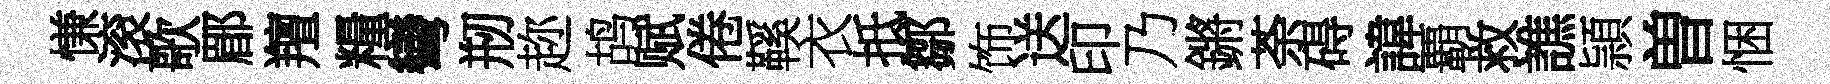
慊滚歌郿羶糧彎剏趂鸪赋倦鞵衣抵鄒饰送印乃鏘荼碍諱覇救譙頴曽悃